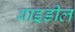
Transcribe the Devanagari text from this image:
बाइडील